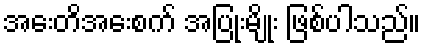
အေးတိအေးစက် အပြုံးမျိုး ဖြစ်ပါသည်။